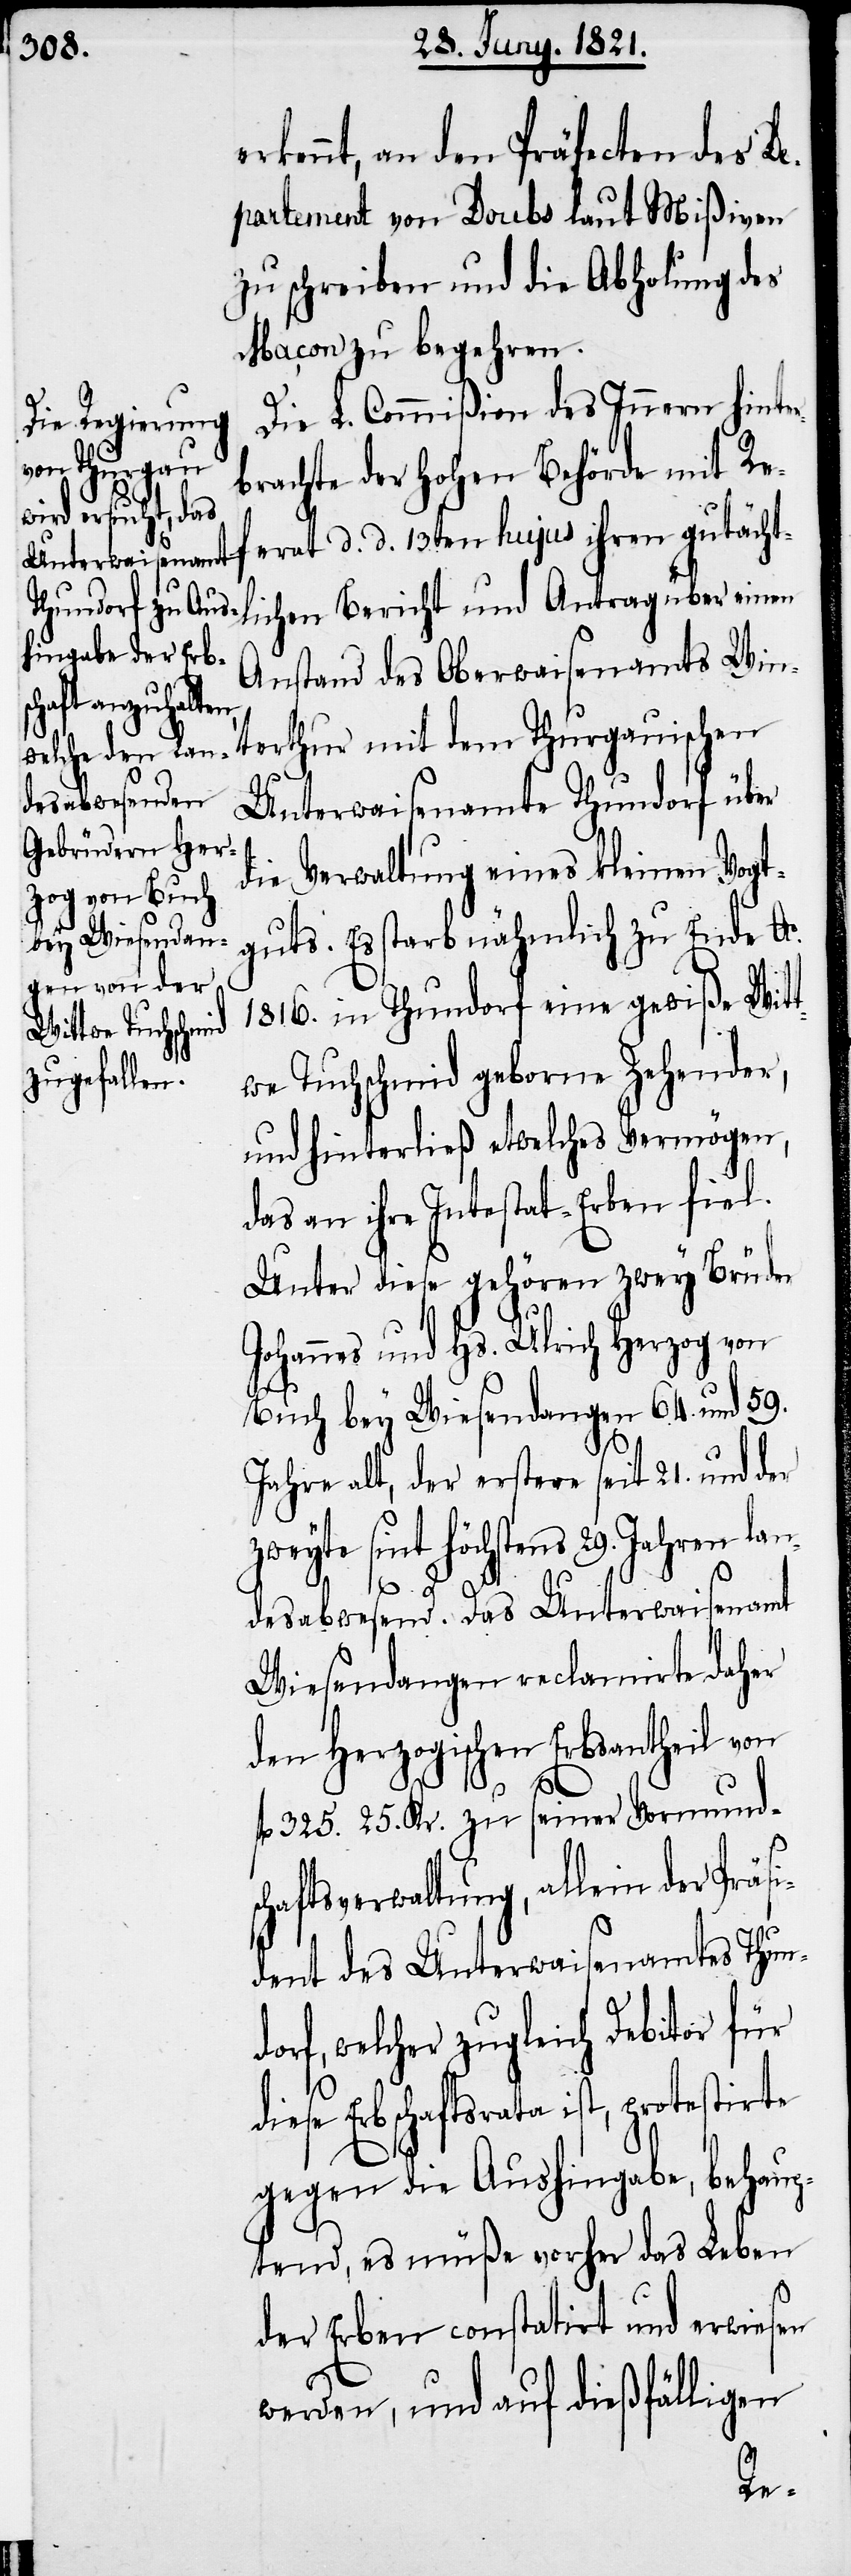
erkennt, an den Präfecten des De¬
partement von Doubs laut Mißiven
zu schreiben und die Abholung des
Maçon zu begehren.
Die L. Commißion des Innern hinter¬
brachte der hohen Behörde mit Re¬
ferat d. d. 13ten hujus ihren gutächtl¬
ichen Bericht und Antrag über einen
Anstand des Oberwaisenamts Win¬
terthur mit dem Thurgauischen
Unterwaisenamte Thundorf über
die Verwaltung eines kleinen Vogt¬
guts. Es starb nähmlich zu Ende Ao.
1816. in Thundorf eine gewiße Wit¬
twe Tuchschmid geborne Zehender,
und hinterließ etwelches Vermögen,
das an ihre Intestat-Erben fiel.
Unter diese gehören zwey Brüder
Johannes und Hs. Ulrich Herzog von
Buch bey Wiesendangen 64. und 59.
Jahre alt, der erstere seit 21. und der
zweyte sint höchstens 29. Jahren lan¬
desabwesend. Das Unterwaisenamt
Wiesendangen reclamirte daher
den Herzogischen Erbsantheil von
fl. 325. 25. Kr. zu seiner Vormunds¬
chaftsverwaltung, allein der Präsi¬
dent des Unterwaisenamtes Thund¬
orf, welcher zugleich Debitor für
diese Erbschaftsrata ist, protestirte
gegen die Aushingabe, behaup¬
tend, es müße vorher das Leben
der Erben constatirt und erwiesen
werden, und auf dießfälligen